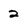
Character: 2